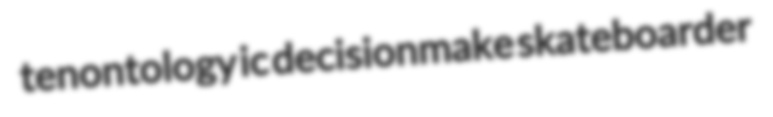
tenontology ic decisionmake skateboarder